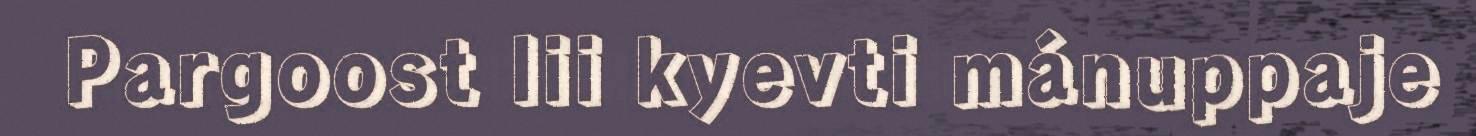
Pargoost lii kyevti mánuppaje